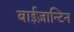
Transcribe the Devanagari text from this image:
बाईज़ान्टिन